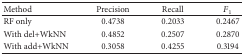
<table><thead><tr><td><b> Method </b></td><td><b> Precision </b></td><td><b> Recall </b></td><td><b><i>F</i><sub>1</sub></b></td></tr></thead><tbody><tr><td> RF only </td><td> 0.4738 </td><td> 0.2033 </td><td> 0.2467 </td></tr><tr><td> With del+WkNN </td><td> 0.4852 </td><td> 0.2507 </td><td> 0.2870 </td></tr><tr><td> With add+WkNN </td><td> 0.3058 </td><td> 0.4255 </td><td> 0.3194 </td></tr></tbody></table>